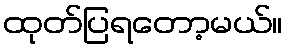
ထုတ်ပြရတော့မယ်။